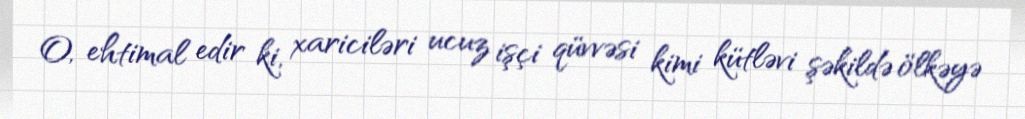
O, ehtimal edir ki, xariciləri ucuz işçi qüvvəsi kimi kütləvi şəkildə ölkəyə